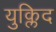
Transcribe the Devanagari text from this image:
युक्लिद